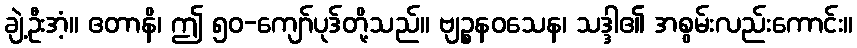
ချဲ့ဦးအံ့။ ဧတာနိ၊ ဤ ၅၀-ကျော်ပုဒ်တို့သည်။ ဗျဉ္စနဝသေန၊ သဒ္ဒါ၏ အစွမ်းလည်းကောင်း။